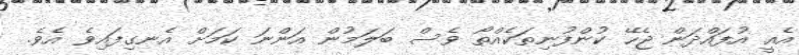
އެއީ އުފައްދަން ޖެހޭ ކުންފުނިތަކެއްތޯ ވެސް ބަލަމުން އަންނަ ކަމަށް އެނގިފައިވެ އެވެ.